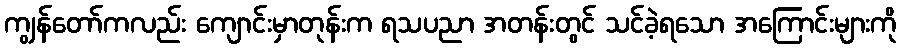
ကျွန်တော်ကလည်း ကျောင်းမှာတုန်းက ရသပညာ အတန်းတွင် သင်ခဲ့ရသော အကြောင်းများကို